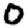
Digit: 0